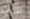
هانت